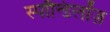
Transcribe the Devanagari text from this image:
स्पॉन्डिलॉज़